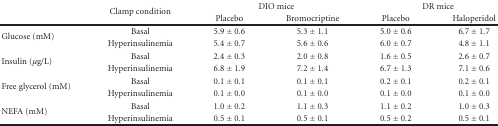
<table><thead><tr><td></td><td rowspan="2"><b>Clamp condition</b></td><td colspan="2"><b>DIO mice</b></td><td colspan="2"><b>DR mice</b></td></tr><tr><td></td><td><b> Placebo</b></td><td><b>Bromocriptine</b></td><td><b> Placebo</b></td><td><b>Haloperidol</b></td></tr></thead><tbody><tr><td rowspan="2">Glucose (mM)</td><td>Basal</td><td>5.9 ± 0.6</td><td>5.3 ± 1.1</td><td>5.0 ± 0.6</td><td>6.7 ± 1.7</td></tr><tr><td>Hyperinsulinemia</td><td>5.4 ± 0.7</td><td>5.6 ± 0.6</td><td>6.0 ± 0.7</td><td>4.8 ± 1.1</td></tr><tr><td rowspan="2">Insulin (<i>μ</i>g/L)</td><td>Basal</td><td>2.4 ± 0.3</td><td>2.0 ± 0.8</td><td>1.6 ± 0.5</td><td>2.6 ± 0.7</td></tr><tr><td>Hyperinsulinemia</td><td>6.8 ± 1.9</td><td>7.2 ± 1.4</td><td>6.7 ± 1.3</td><td>7.1 ± 0.6</td></tr><tr><td rowspan="2">Free glycerol (mM)</td><td>Basal</td><td>0.1 ± 0.1</td><td>0.1 ± 0.1</td><td>0.2 ± 0.1</td><td>0.2 ± 0.1</td></tr><tr><td>Hyperinsulinemia</td><td>0.1 ± 0.0</td><td>0.1 ± 0.0</td><td>0.1 ± 0.0</td><td>0.1 ± 0.0</td></tr><tr><td rowspan="2">NEFA (mM)</td><td>Basal</td><td>1.0 ± 0.2</td><td>1.1 ± 0.3</td><td>1.1 ± 0.2</td><td>1.0 ± 0.3</td></tr><tr><td>Hyperinsulinemia</td><td>0.5 ± 0.1</td><td>0.5 ± 0.1</td><td>0.5 ± 0.2</td><td>0.5 ± 0.1</td></tr></tbody></table>